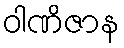
ဝါဏိဇာန